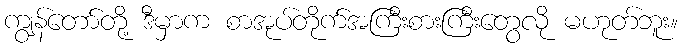
ကျွန်တော်တို့ ဒီမှာက စာအုပ်တိုက်အကြီးစားကြီးတွေလို မဟုတ်ဘူး။